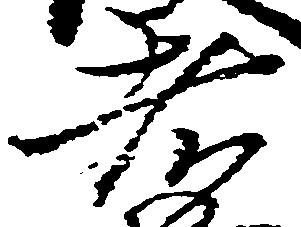
者